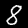
Digit: 8